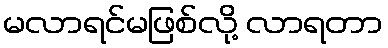
မလာရင်မဖြစ်လို့ လာရတာ